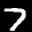
Label: 7